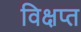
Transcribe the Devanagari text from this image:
विक्षप्त